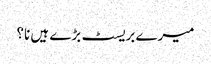
میرے بریسٹ بڑے ہیں نا؟